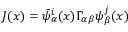
J ( x ) = \bar { \psi } _ { \alpha } ^ { i } ( x ) \Gamma _ { \alpha \beta } \psi _ { \beta } ^ { j } ( x )